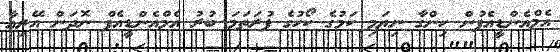
އެމްއެންޑީއެފުން ހިންގާ ނިޔަމި ކަމުގެ ކޯހުގެ ފުރަތަމަ ބުރު އެމްއެންޑީއެފް ނޮދަން އޭރިއާ